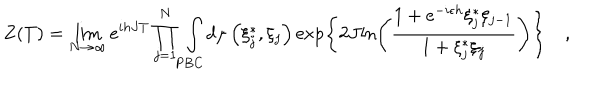
Z ( T ) = \lim _ { N \rightarrow \infty } e ^ { i h J T } \prod _ { j = 1 } ^ { N } \int _ { \mathrm { P B C } } { { d \mu \left( { \xi _ { j } ^ { * } , \xi _ { j } } \right) } \exp \left\{ { 2 J { \ln \left( { { \frac { 1 + e ^ { - i \epsilon h } \xi _ { j } ^ { * } \xi _ { j - 1 } } { 1 + \xi _ { j } ^ { * } \xi _ { j } } } } \right) } } \right\} } \quad ,